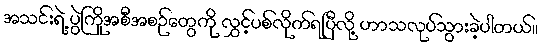
အသင်းရဲ့ ပွဲကြိုအစီအစဉ်တွေကို လွှင့်ပစ်လိုက်ရပြီလို့ ဟာသလုပ်သွားခဲ့ပါတယ်။